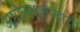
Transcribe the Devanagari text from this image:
अष्टोत्तरशतस्यादौ